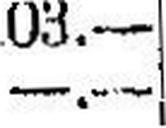
—.—